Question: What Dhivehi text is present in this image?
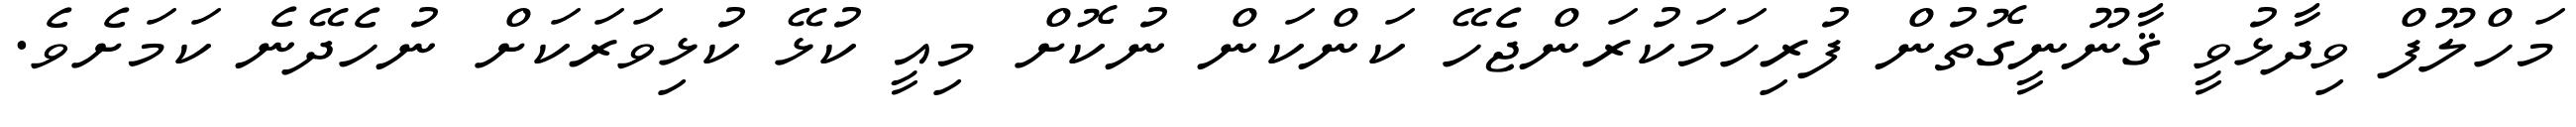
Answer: މަހްލޫފް ވިދާޅުވީ ޤާނޫނީގޮތުން ފުރިހަމަކުރަންޖެހޭ ކަންކަން ނުކޮށް މިއީ ކުޅޭ ކުޅިވަރަކަށް ނުހެދޭނެ ކަމަށެވެ.